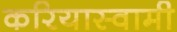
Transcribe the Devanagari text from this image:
करियास्वामी